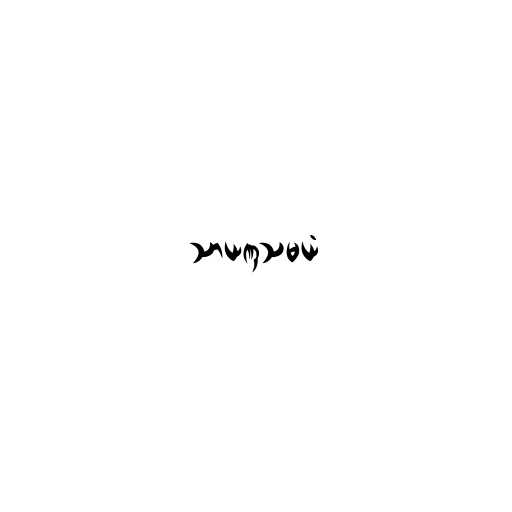
သာယဏှသမယံ